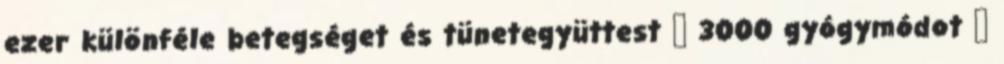
ezer különféle betegséget és tünetegyüttest  3000 gyógymódot 